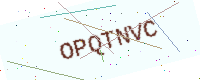
Text: OPQTNVC